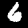
Digit: 6